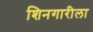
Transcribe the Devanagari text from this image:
शिनगारीला